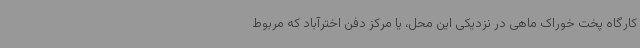
کارگاه پخت خوراک ماهی در نزدیکی این محل، یا مرکز دفن اخترآباد که مربوط